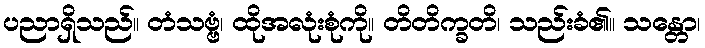
ပညာရှိသည်။ တံသဗ္ဗံ၊ ထိုအလုံးစုံကို။ တိတိက္ခတိ၊ သည်းခံ၏။ သန္တော၊